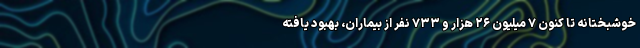
خوشبختانه تا کنون ۷ میلیون ۲۶ هزار و ۷۳۳ نفر از بیماران، بهبود یافته